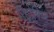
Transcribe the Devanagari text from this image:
रिट्रोफिट